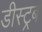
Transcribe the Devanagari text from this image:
डीस्ट्रब